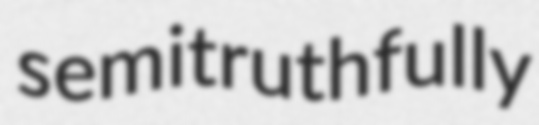
semitruthfully